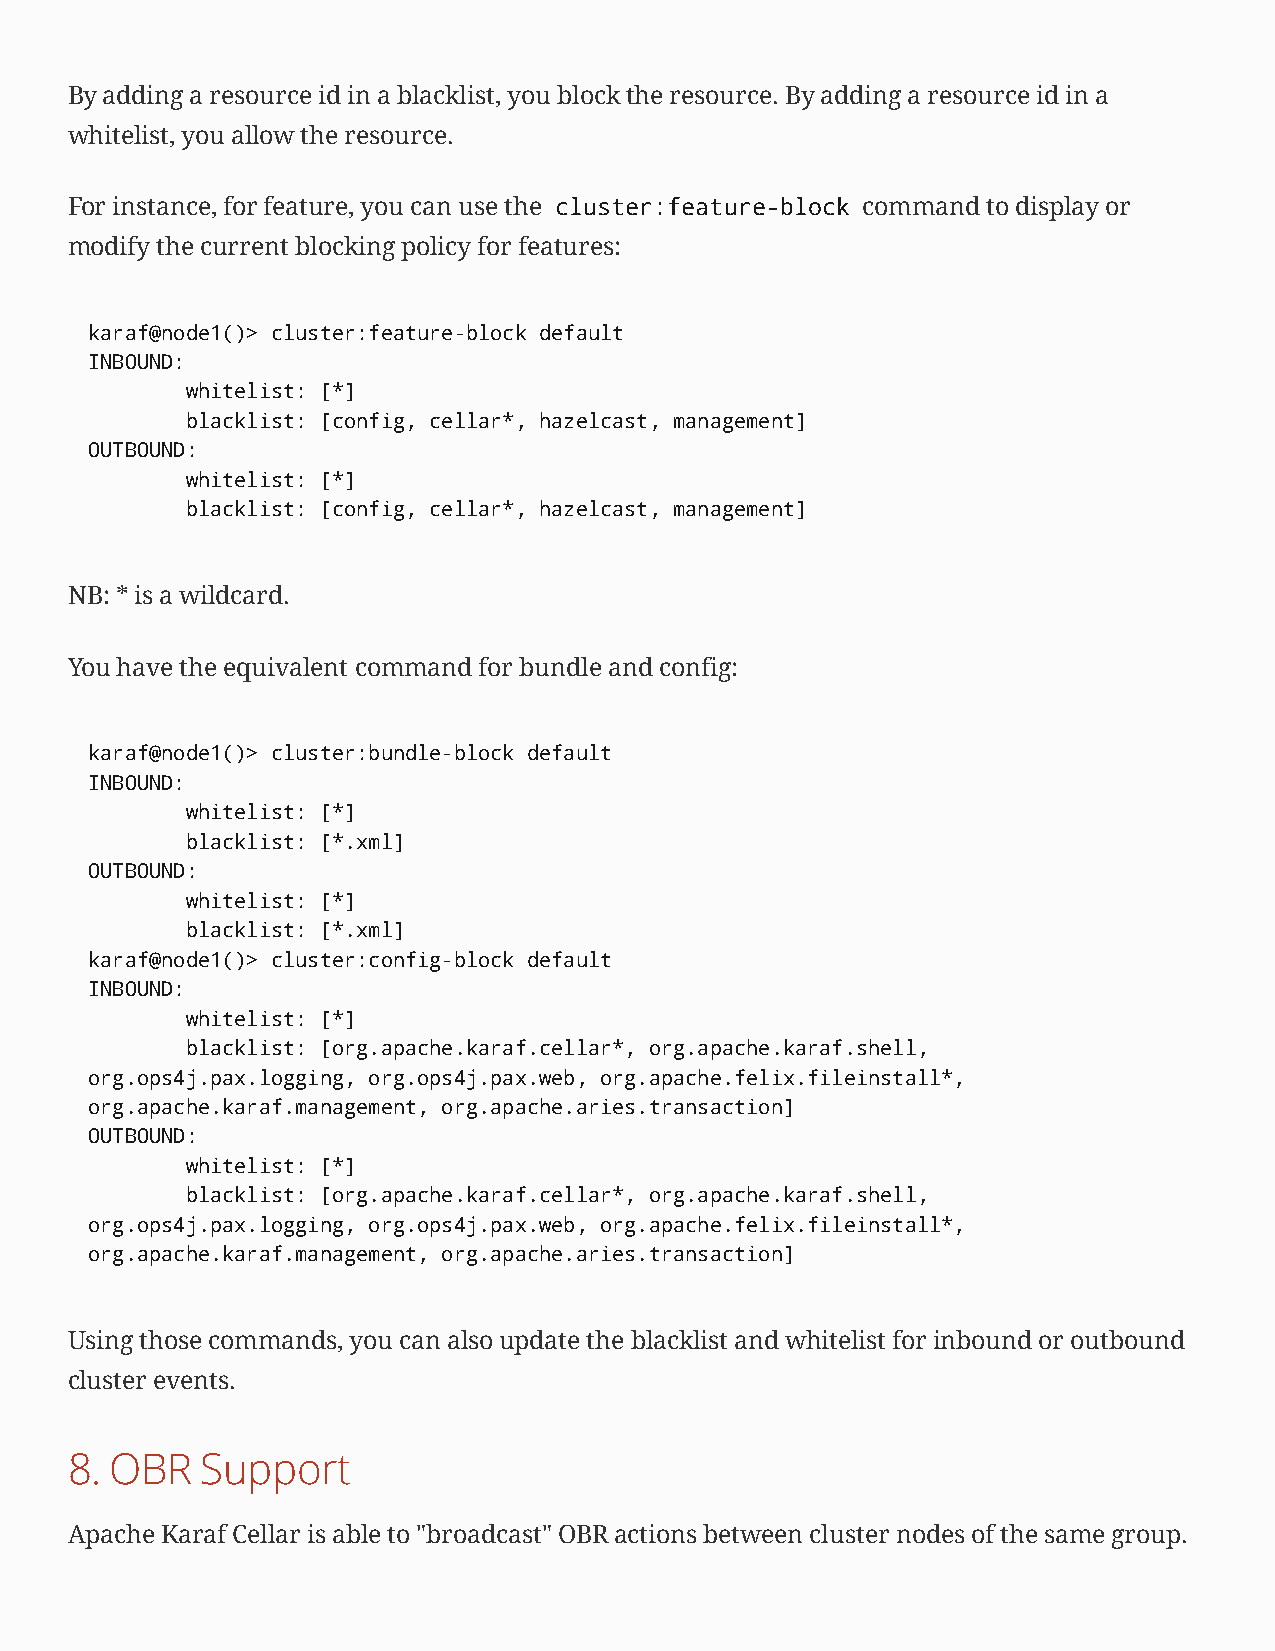
By adding a resource id in a blacklist, you block the resource. By adding a resource id in a
 whitelist, you allow the resource.
 For instance, for feature, you can use the cluster:feature-block command to display or
 modify the current blocking policy for features:
 karaf@node1()> cluster:feature-block default
 INBOUND:
 whitelist: [*]
 blacklist: [config, cellar*, hazelcast, management]
 OUTBOUND:
 whitelist: [*]
 blacklist: [config, cellar*, hazelcast, management]
 NB: * is a wildcard.
 You have the equivalent command for bundle and config:
 karaf@node1()> cluster:bundle-block default
 INBOUND:
 whitelist: [*]
 blacklist: [*.xml]
 OUTBOUND:
 whitelist: [*]
 blacklist: [*.xml]
 karaf@node1()> cluster:config-block default
 INBOUND:
 whitelist: [*]
 blacklist: [org.apache.karaf.cellar*, org.apache.karaf.shell,
 org.ops4j.pax.logging, org.ops4j.pax.web, org.apache.felix.fileinstall*,
 org.apache.karaf.management, org.apache.aries.transaction]
 OUTBOUND:
 whitelist: [*]
 blacklist: [org.apache.karaf.cellar*, org.apache.karaf.shell,
 org.ops4j.pax.logging, org.ops4j.pax.web, org.apache.felix.fileinstall*,
 org.apache.karaf.management, org.apache.aries.transaction]
 Using those commands, you can also update the blacklist and whitelist for inbound or outbound
 cluster events.
 8. OBR   Support
 Apache Karaf Cellar is able to "broadcast" OBR actions between cluster nodes of the same group.